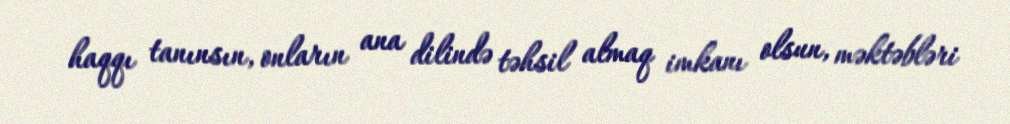
haqqı tanınsın, onların ana dilində təhsil almaq imkanı olsun, məktəbləri